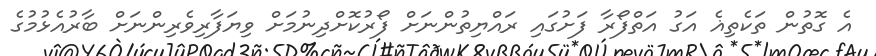
އެ ގޮތުން ތަކެތިޣެ އަގު އަތްފޯރާ ފަށުގައި ރައްޔިތުންނަށް ފޯރުކޮށްދިނުމަށް ވިޔަފާރިވެރިންނަށް ބާރުއެޅުމުގެ